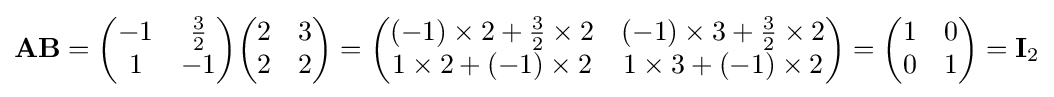
\mathbf {A} \mathbf {B} ={\begin{pmatrix}-1&{\tfrac {3}{2}}\\1&-1\end{pmatrix}}{\begin{pmatrix}2&3\\2&2\end{pmatrix}}={\begin{pmatrix}(-1)\times 2+{\tfrac {3}{2}}\times 2&(-1)\times 3+{\tfrac {3}{2}}\times 2\\1\times 2+(-1)\times 2&1\times 3+(-1)\times 2\end{pmatrix}}={\begin{pmatrix}1&0\\0&1\end{pmatrix}}=\mathbf {I} _{2}